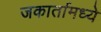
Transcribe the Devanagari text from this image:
जकार्तामध्ये